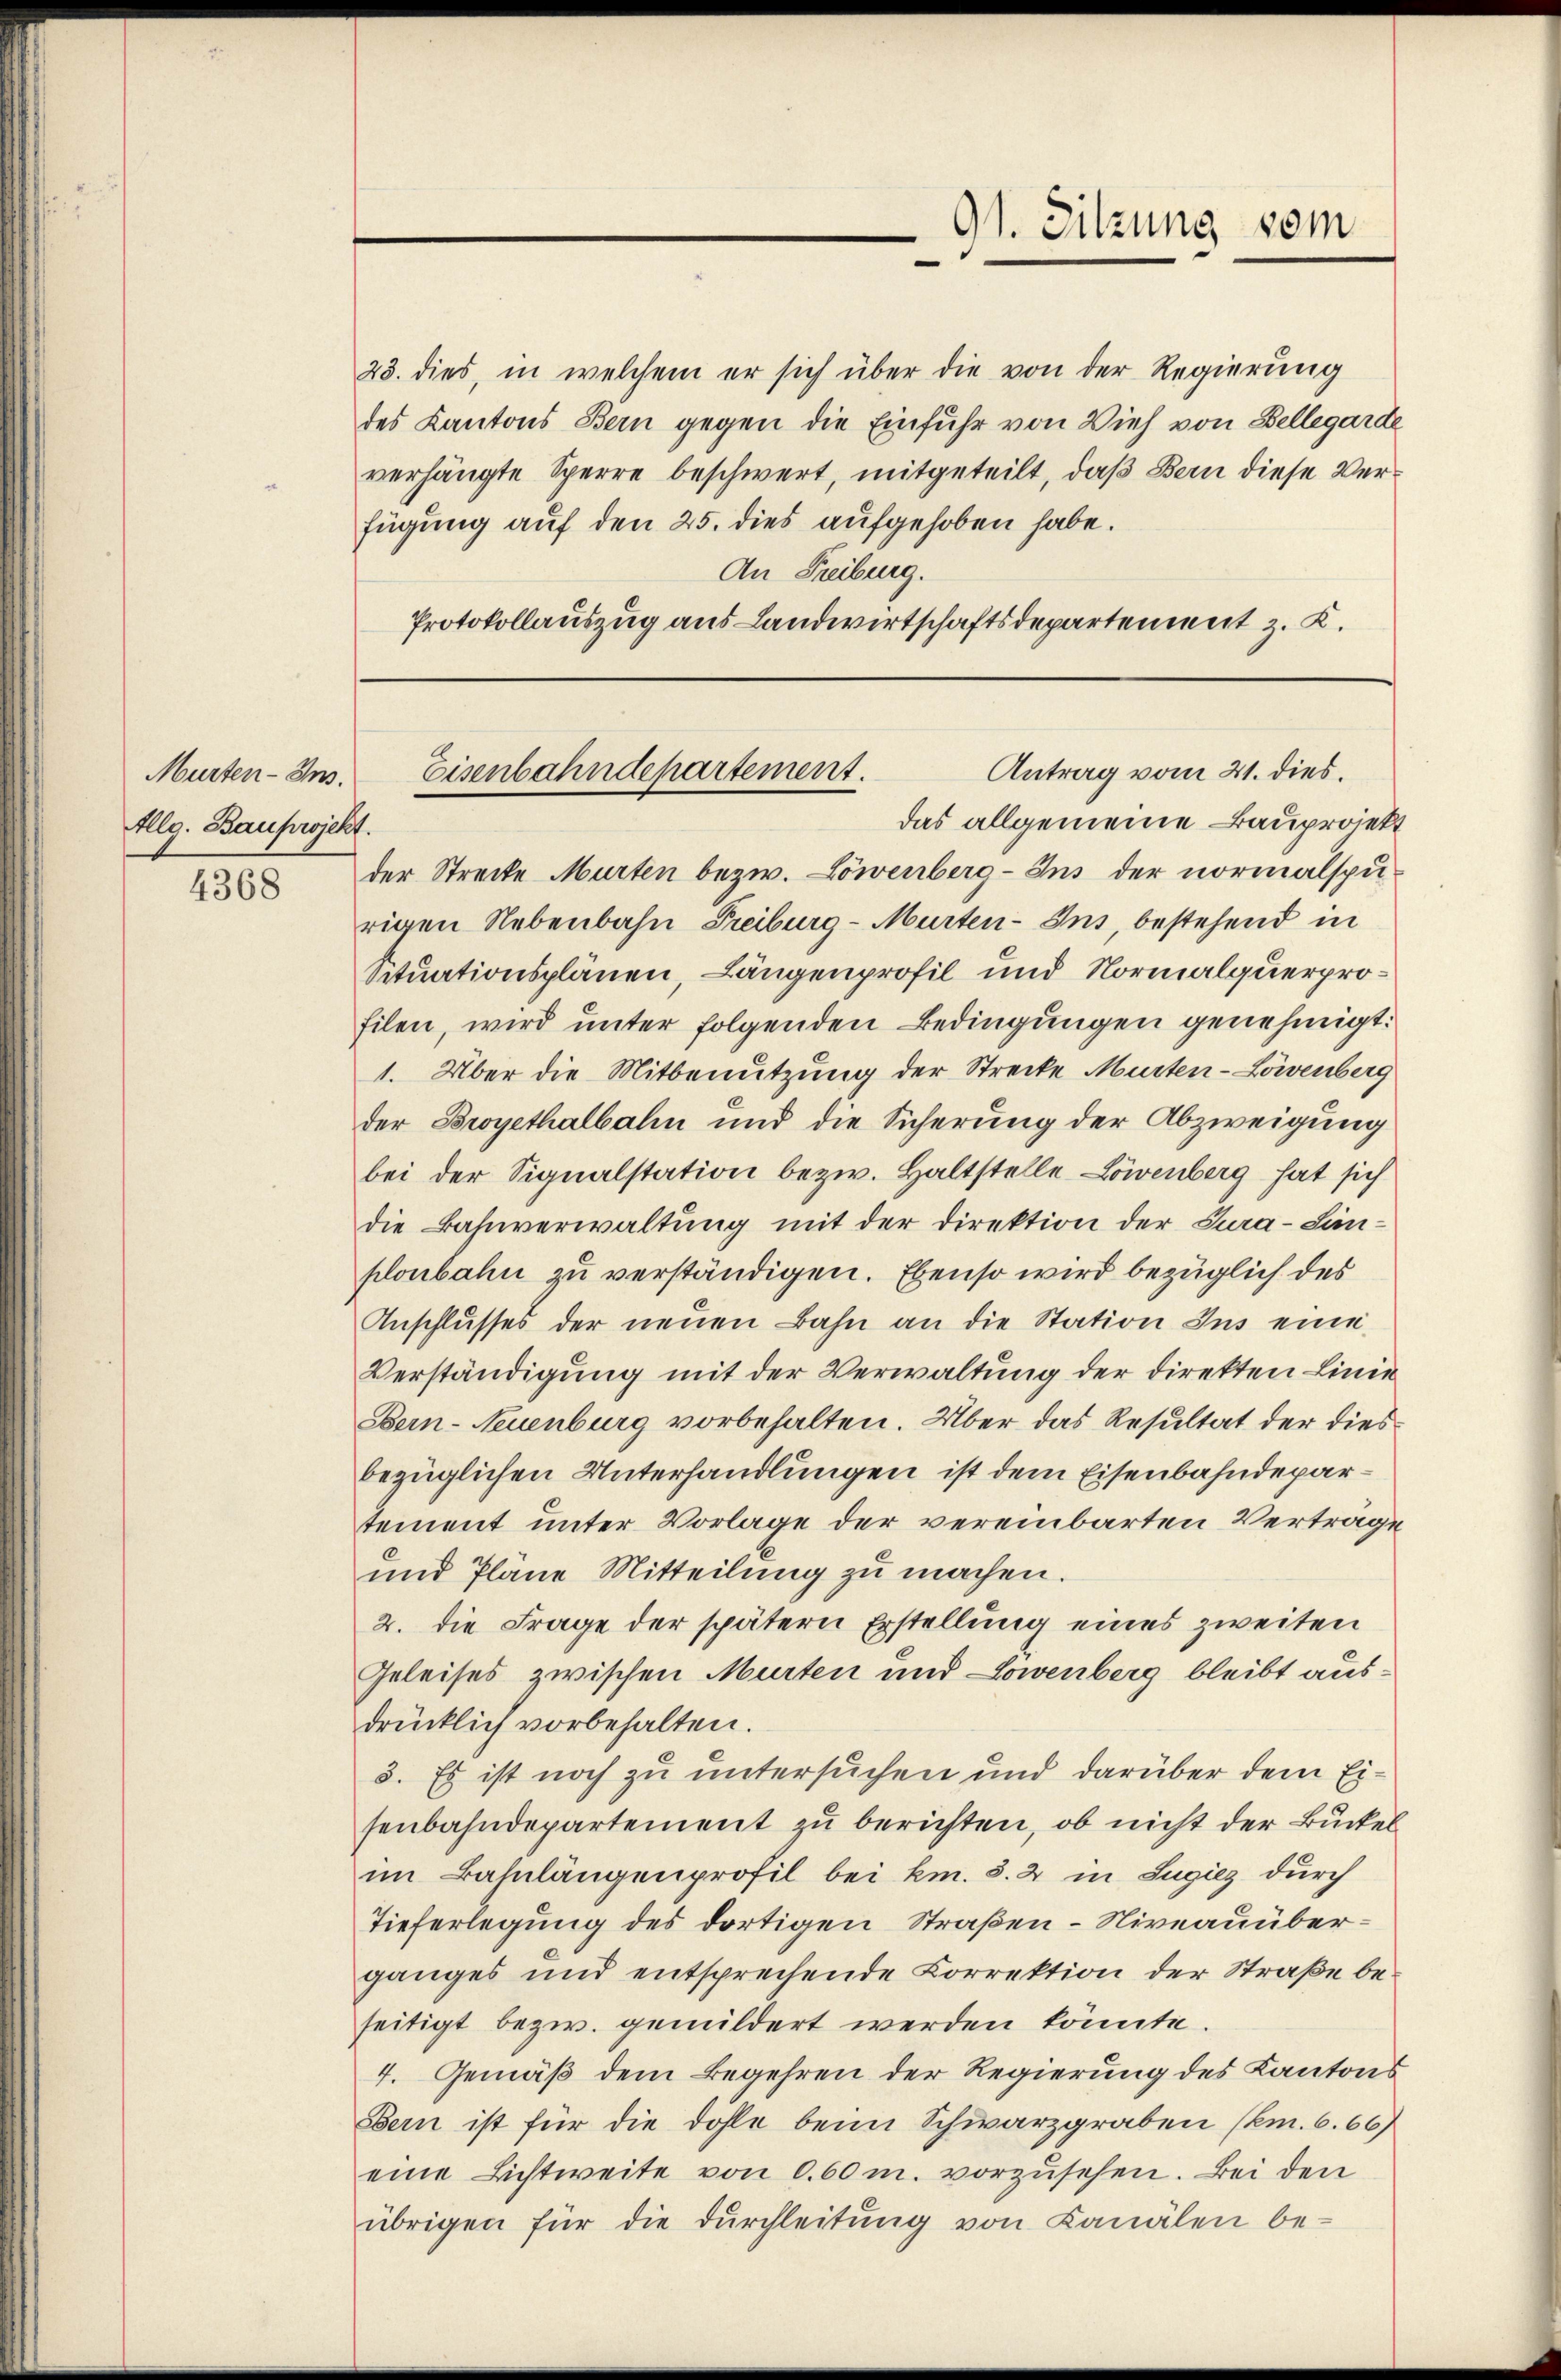
Murten-Ins.
Allg. Bauprojekt.
4368

23. dies, in welchem er sich über die von der Regierung
des Kantons Bern gegen die Einfuhr von Vieh von Bellegarde
verhängte Sperre beschwert, mitgeteilt, daβ Bern diese Verfügung auf den 25. dies aufgehoben habe.
An Freiburg.
Protokollauszug aus Landwirtschaftsdepartement z. K.

91. Sitzung vom

Antrag vom 21. dies
Eisenbahndepartement.
das allgemeine Bauprojekt

der Streite Murten bezw. Löwenberg-Ins der normalspurigen Nebenbahn Freiburg - Murten-Ins, bestehend in
Situationsplänen, Längenprofil und Normalquerprofilen, wird unter folgenden Bedingungen genehmigt.
1. Über die Mitbenutzung der Strecke Murten-Löwenberg
der Broyethalbahn und die Sicherung der Abzweigung
bei der Signalstation bezw. Haltstelle Löwenberg hat sich
die Bahnverwaltung mit der Direktion der Tura-Simplonbahn zu verständigen. Ebenso wird bezüglich des
Anschlusses der neŭen Bahn an die Station Ins eine
Verständigung mit der Verwaltung der Direkten Linie
Bern-Neuenburg vorbehalten. Über das Resultat der diesbezüglichen Unterhandlungen ist dem Eisenbahndepartement unter Vorlage der vereinbarten Vertrage
und Pläne Mitteilung zu machen.
2. die Frage der spätern Erstellung eines zweiten
Geleises zwischen Murten und Lowenberg bleibt ausdrücklich vorbehalten.
5. Es ist noch zu untersuchen und darüber dem Eisenbahndepartement zu berichten, ob nicht der Buckel
im Bahnlängenprofil bei km. S. 2 in Lugiez durch
Tieferlegung des dortigen Straßen – Niveauüberganges und entsprechende Correktion der Straße beseitigt bezw. gemildert werden könnte
4. Gemäß dem Begehren der Regierung des Kantons
Bern ist für die Dohle beim Schwarzgraben (km. 6.66)
eine Lichtweite von 0.60 m. vorzŭsehen. Bei den
übrigen für die dŭrchleitŭng von Kanälen be-